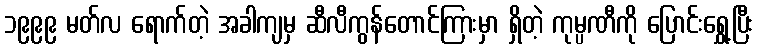
၁၉၉၉ မတ်လ ရောက်တဲ့ အခါကျမှ ဆီလီကွန်တောင်ကြားမှာ ရှိတဲ့ ကုမ္ပဏီကို ပြောင်းရွှေ့ပြီး